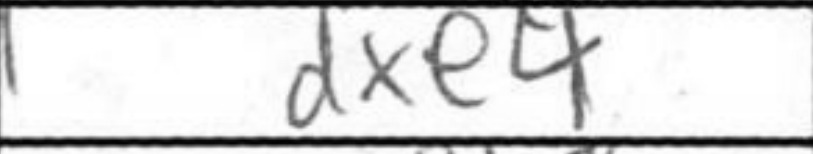
Transcription: dxe4